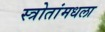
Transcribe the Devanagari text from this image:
स्त्रोतांमधला